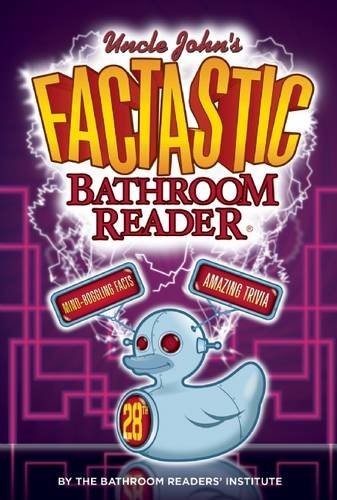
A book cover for Uncle John's Factastic Bathroom Reader; Bathroom Readers' Institute; Humor & Entertainment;